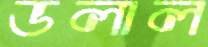
ডলাল